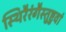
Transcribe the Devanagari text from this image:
स्थिरैरंगैस्तुष्टुवां